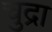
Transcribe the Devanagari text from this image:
चुद्रा